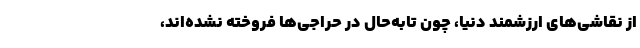
از نقاشی‌های ارزشمند دنیا، چون تابه‌حال در حراجی‌ها فروخته نشده‌اند،